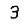
Digit: 3